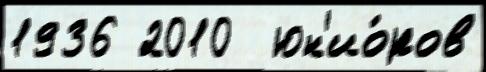
1936 2010  юн'ио́ров